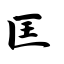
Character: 匡